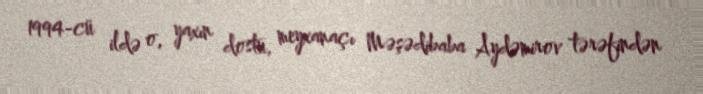
1994-cü ildə o, yaxın dostu, meyxanaçı Məşədibaba Aydəmirov tərəfindən